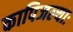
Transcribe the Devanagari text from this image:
कापिजल्याः